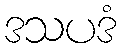
ဒသပဒံ